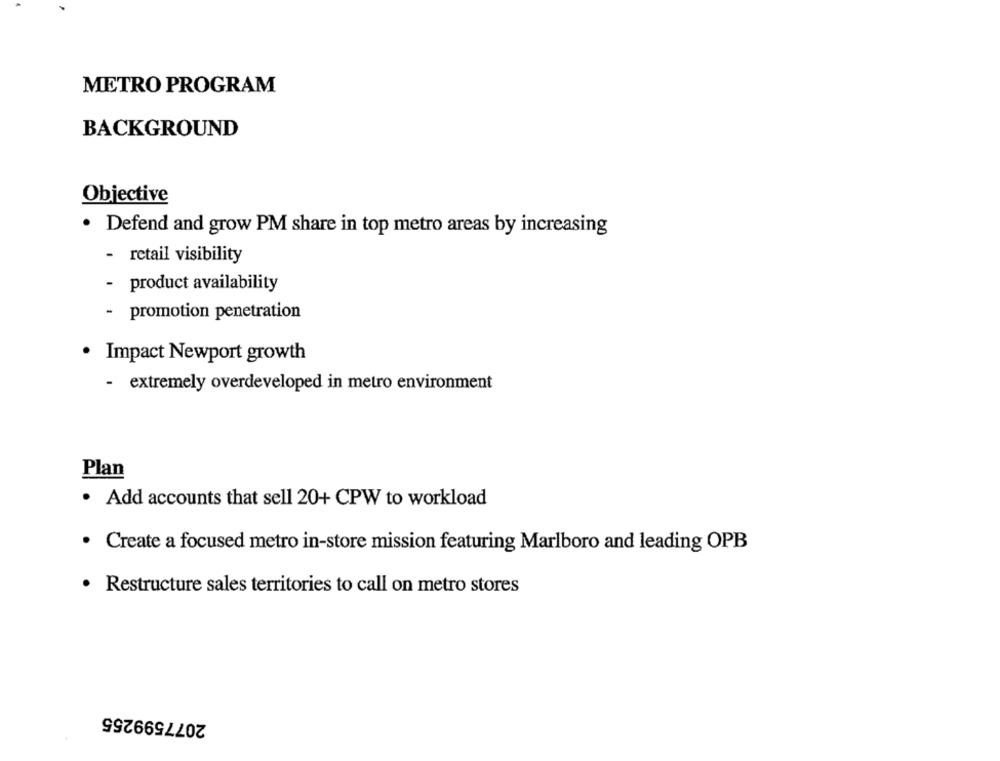
METRO PROGRAM
BACKGROUND
Objective
· Defend and grow PM share in top metro areas by increasing
- retail visibility
- product availability
- promotion penetration
· Impact Newport growth
- extremely overdeveloped in metro environment
Plan
. Add accounts that sell 20+ CPW to workload
· Create a focused metro in-store mission featuring Marlboro and leading OPB
· Restructure sales territories to call on metro stores
2077599255